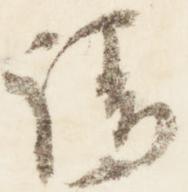
請